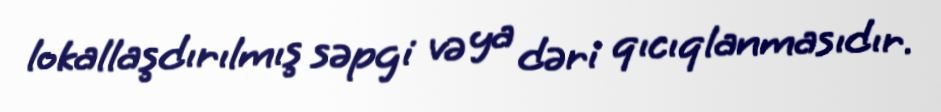
lokallaşdırılmış səpgi və ya dəri qıcıqlanmasıdır.